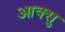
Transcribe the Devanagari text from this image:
आक्सु